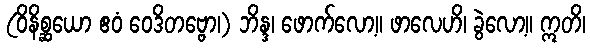
(ဝိနိစ္ဆယော ဧဝံ ဝေဒိတဗ္ဗော၊) ဘိန္ဒ၊ ဖောက်လော့။ ဖာလေဟိ၊ ခွဲလော့။ ဣတိ၊